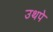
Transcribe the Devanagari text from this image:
उथपे